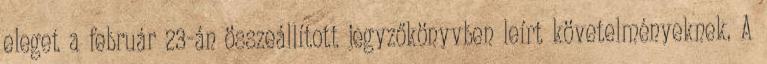
eleget a február 23-án összeállított jegyzőkönyvben leírt követelményeknek. A